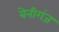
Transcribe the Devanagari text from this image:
बेनीगंज